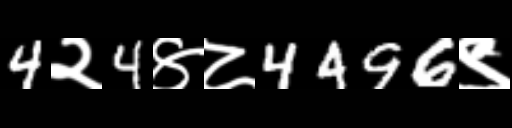
Text: 4२4४८4496९